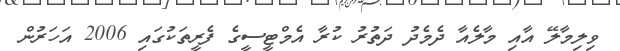
ވިލިމާލޭ އާއި މާލެއާ ދެމެދު ދަތުރު ކުރާ އެމްޓީސީގެ ފެރީތަކުގައި 2006 އަހަރުން